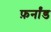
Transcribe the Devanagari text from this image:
फ़र्नांड